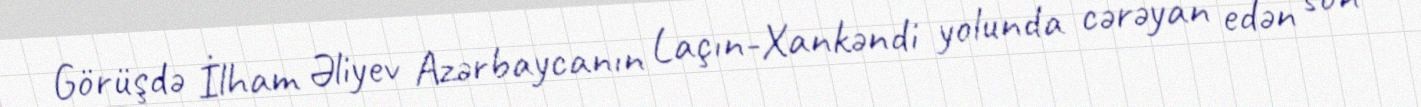
Görüşdə İlham Əliyev Azərbaycanın Laçın-Xankəndi yolunda cərəyan edən son